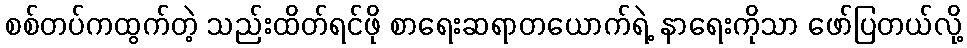
စစ်တပ်ကထွက်တဲ့ သည်းထိတ်ရင်ဖို စာရေးဆရာတယောက်ရဲ့ နာရေးကိုသာ ဖော်ပြတယ်လို့